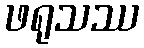
ဖရုသဿ